Voru_kinnistusamet, lk 11
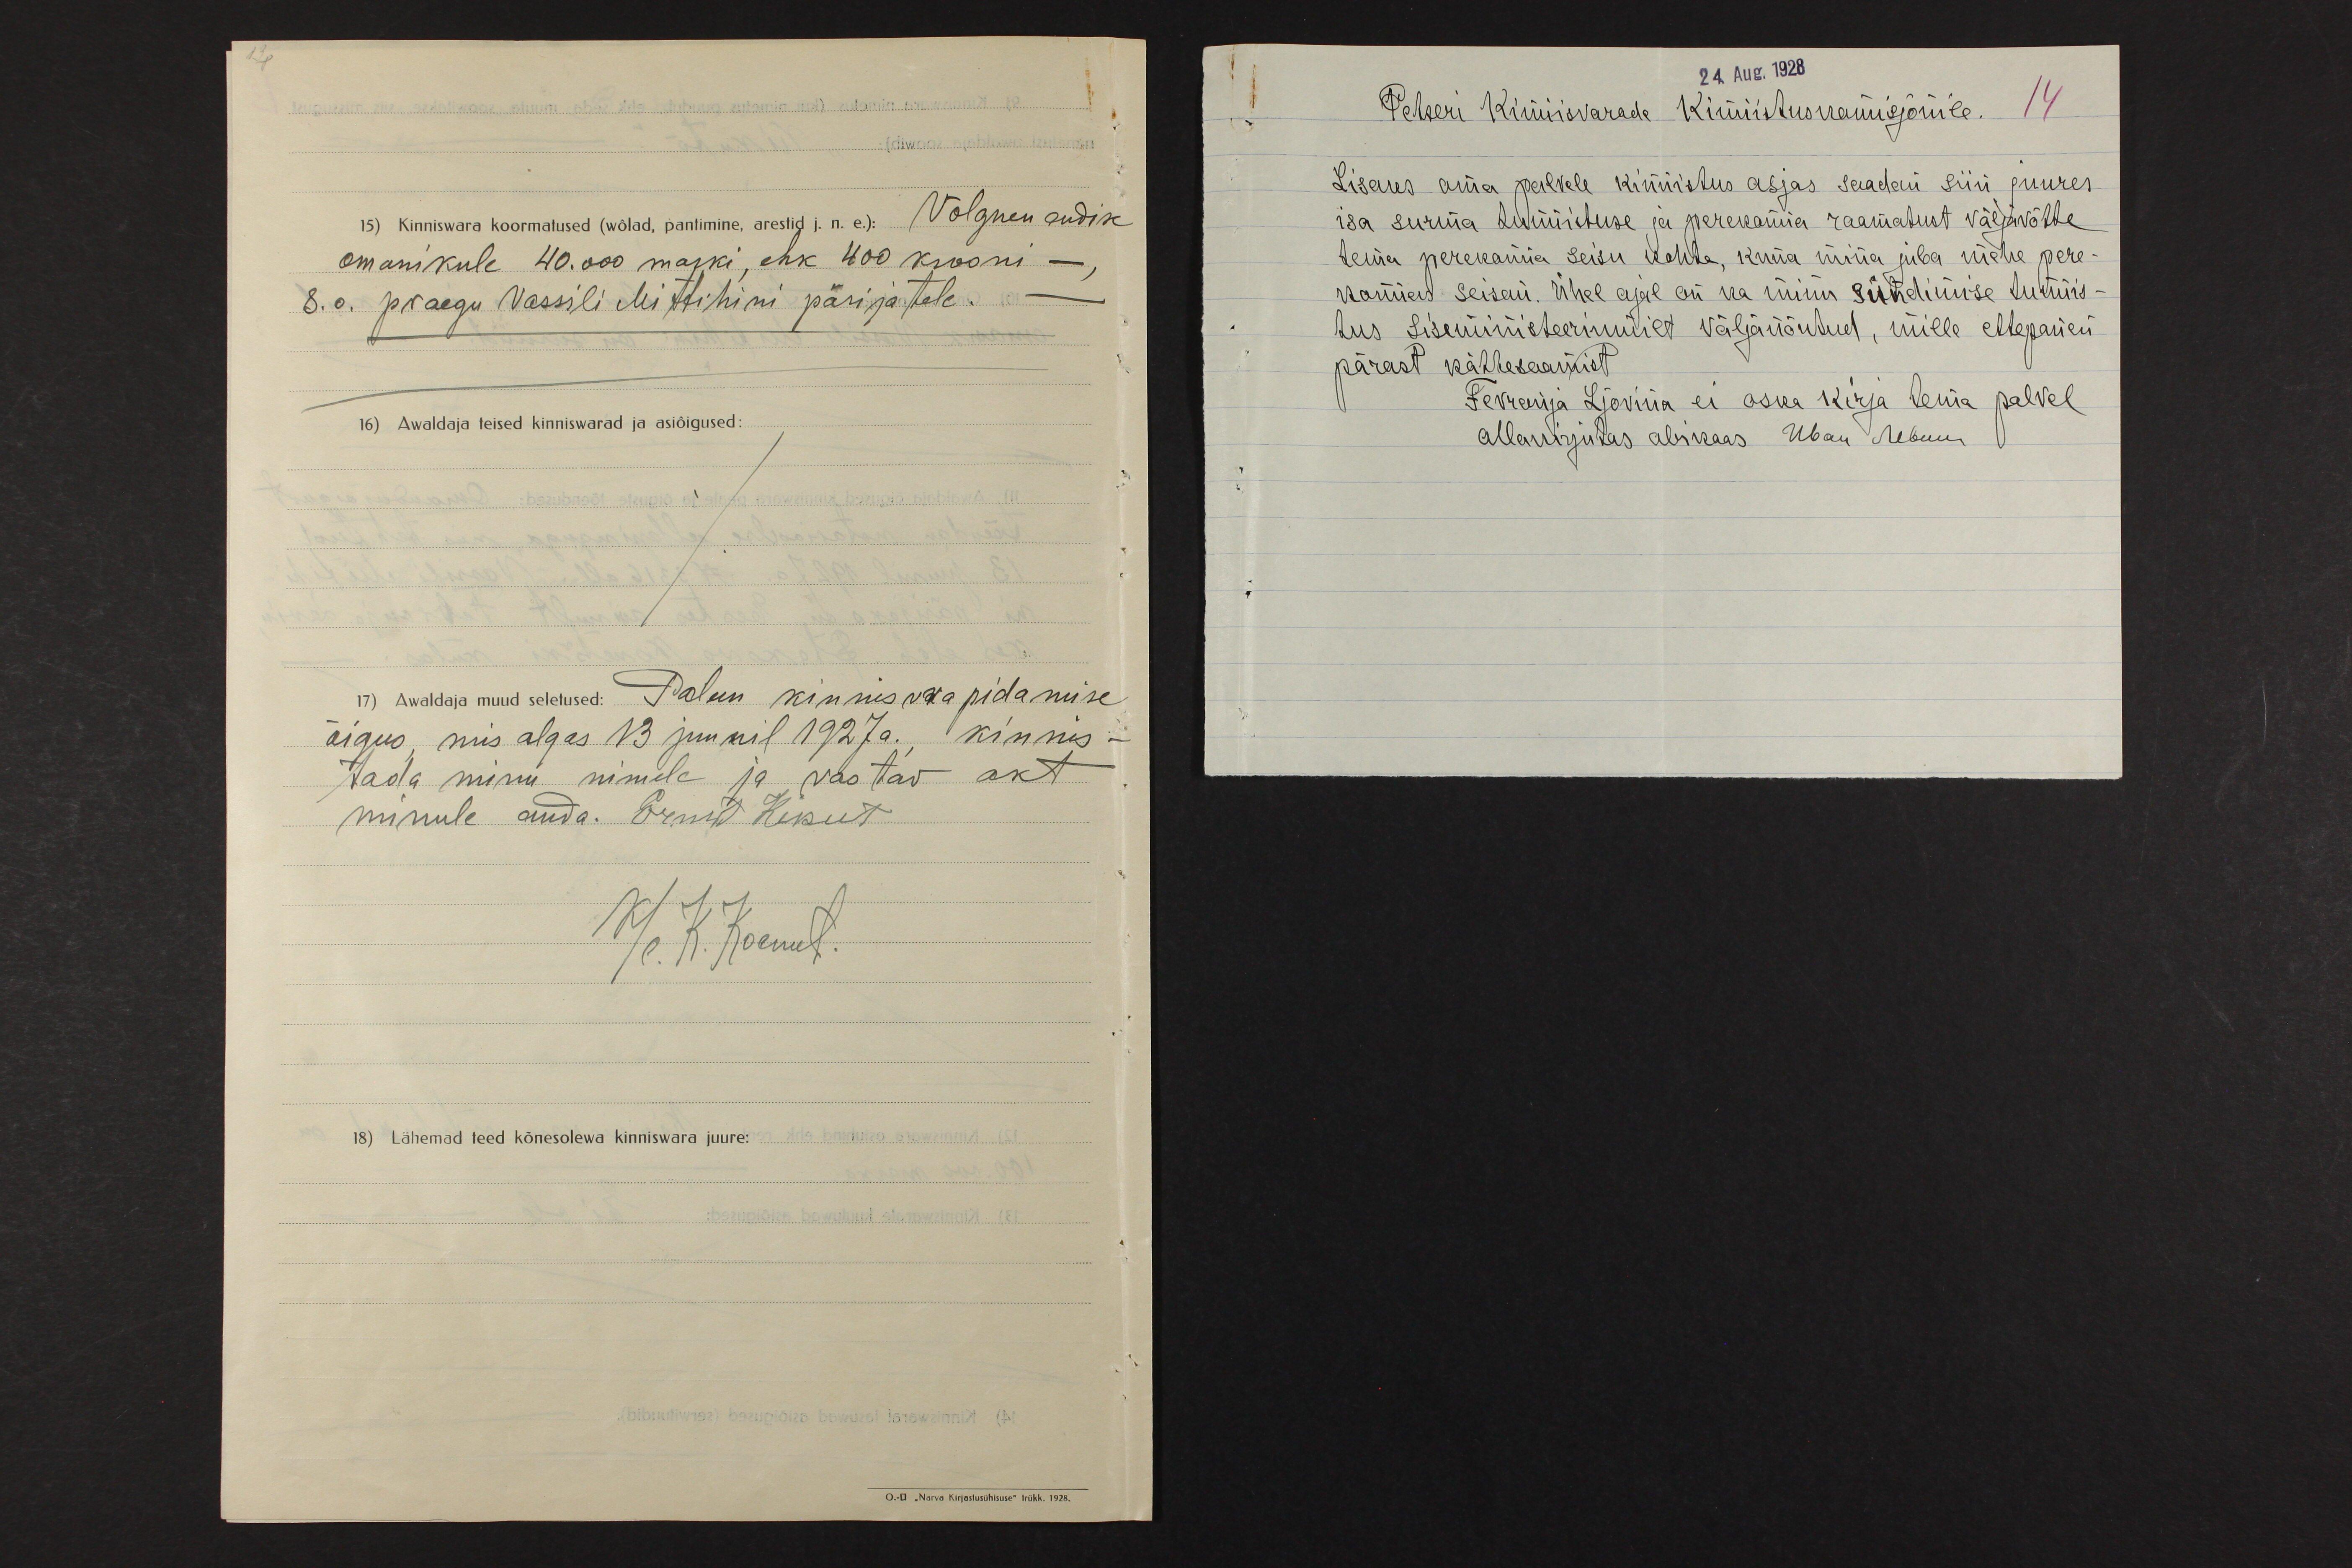
15) Kinniswara koormatused (wõlad, pantimine, arestid j.n.e): Võlgnen endise
omanikule 40.000 marki, ehk 400 krooni -,
s.o. praegu Vassili Mittihini pärijatele.
16) Awaldaja teised kinniswarad ja asiõigused:
17) Awaldaja muud seletused: Palun kinnisvara pidamise
õigus, mis algas 13 juunil 1927a., kinnis-
tada minu nimele ja vastav akt
minule anda. Ernst Kikut
k/l. K. Koemets.
18) Lähemad teed kõnesolewa kinniswara juure:

24. Aug. 1928
Petseri Kinnisvarade Kinnistuskomisjonile.
14
Lisaks oma palvele kinnistus asjas saadan siin juures
isa surma tunnistuse ja perekonna raamatust väljavõtte
tema perekonna seisu kohta, kuna mina juba mehe pere-
konnas seisan. Ühel ajal on ka minu sündimise tunnis-
tus Siseministeeriumilt väljanõutud, mille ettepanen
pärast kättesaamist.
Fevronja Ljovina ei oska kirja tema palvel
allakirjutas abikaas